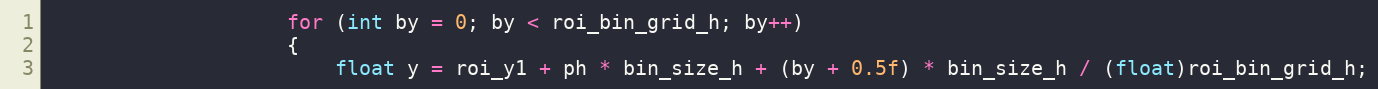
Language: C++
                    for (int by = 0; by < roi_bin_grid_h; by++)
                    {
                        float y = roi_y1 + ph * bin_size_h + (by + 0.5f) * bin_size_h / (float)roi_bin_grid_h;